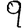
Digit: 9